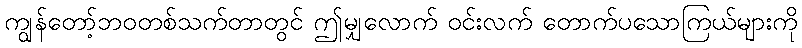
ကျွန်တော့်ဘဝတစ်သက်တာတွင် ဤမျှလောက် ဝင်းလက် တောက်ပသောကြယ်များကို